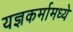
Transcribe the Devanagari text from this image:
यज्ञकर्मामध्ये